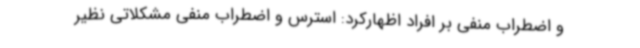
و اضطراب منفی بر افراد اظهارکرد: استرس و اضطراب منفی مشکلاتی نظیر